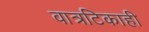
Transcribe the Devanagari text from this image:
वात्रटिकाही